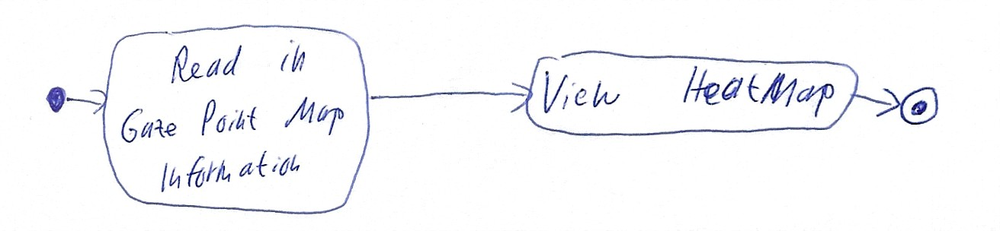
Diagram type: activity_diagram
```plantuml
@startuml

start

:Read in Gaze Point Map Information;

:View HeatMap;

stop

@enduml
```